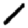
Digit: 1